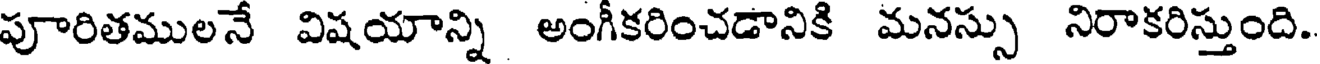
పూరితములనే విషయాన్ని అంగీకరించడానికి మనస్సు నిరాకరిస్తుంది.